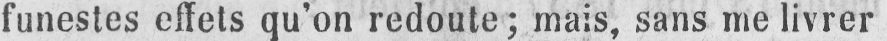
funestes effets qu’on redoute; mais, sans me livrer